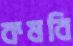
কষবি